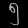
Digit: ၅